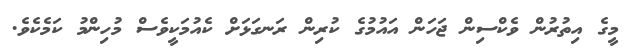
މީގެ އިތުރުން ވެކްސިން ޖަހަން އައުމުގެ ކުރިން ރަނގަޅަށް ކެއުމަކީވެސް މުހިންމު ކަމެކެވެ.